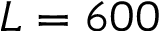
L = 6 0 0